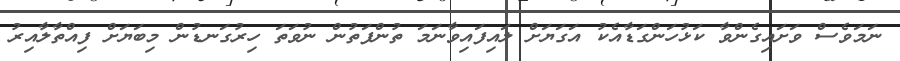
ނަމަވެސް ވަށައިގެންވާ ކަޅުހަންގަޑާއެކު އަގަޔަށް ލައިފައިވާނަމަ ތުންފަތުން ނުވަތަ ހިރުގަނޑުން މިބަޔަށް ފިއްތާލާއިރު